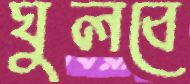
ঘুলবে